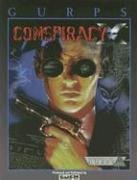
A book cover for Conspiracy X: GURPS Conspiracy X; M. Alexander Jurkal; Science Fiction & Fantasy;